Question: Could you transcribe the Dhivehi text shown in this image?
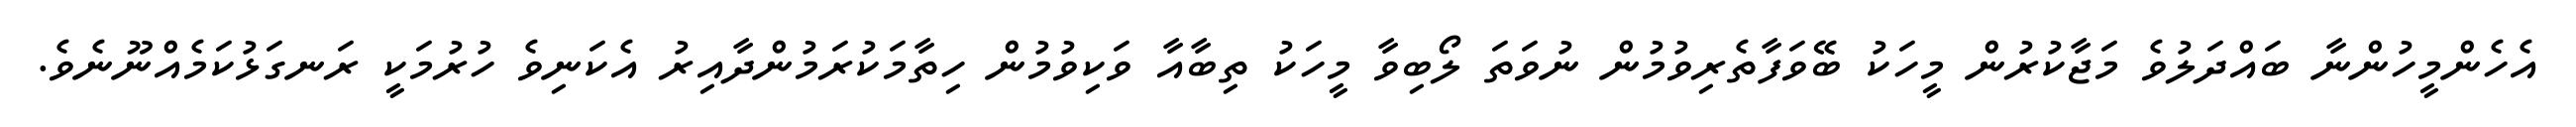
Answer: އެހެންމީހުންނާ ބައްދަލުވެ މަޖާކުރުން މީހަކު ބޭވަފާތެރިވުމުން ނުވަތަ ލޯބިވާ މީހަކު ތިބާއާ ވަކިވުމުން ހިތާމަކުރަމުންދާއިރު އެކަނިވެ ހުރުމަކީ ރަނގަޅުކަމެއްނޫނެވެ.